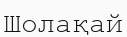
Шолақай